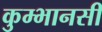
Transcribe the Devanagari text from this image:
कुम्भानसी